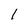
Character: 1